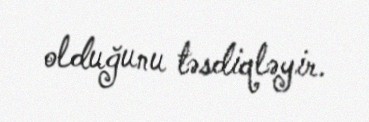
olduğunu təsdiqləyir.